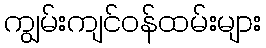
ကျွမ်းကျင်ဝန်ထမ်းများ